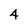
Character: 4